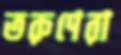
তরুণেরা